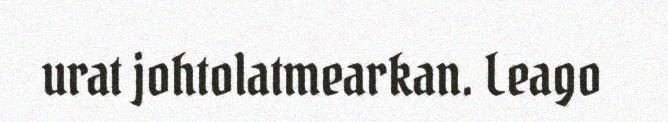
urat johtolatmearkan. Leago